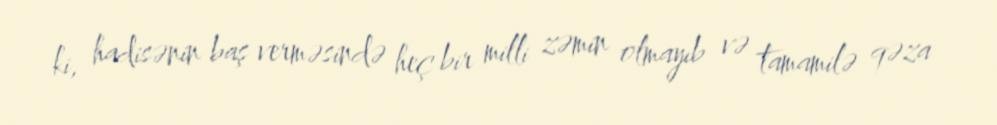
ki, hadisənin baş verməsində heç bir milli zəmin olmayıb və tamamilə qəza